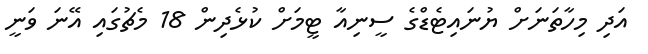
އަދި މިހާތަނަށް ޔުނައިޓެޑްގެ ސީނިއާ ޓީމަށް ކުޅެދިން 18 މެޗުގައި އޭނަ ވަނީ